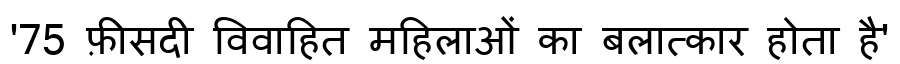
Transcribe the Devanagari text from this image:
'75 फ़ीसदी विवाहित महिलाओं का बलात्कार होता है'